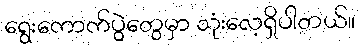
ရွေးကောက်ပွဲတွေမှာ သုံးလေ့ရှိပါတယ်။